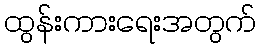
ထွန်းကားရေးအတွက်